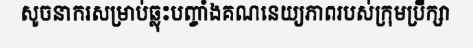
សូចនាករសម្រាប់ឆ្លុះបញ្ចាំងគណនេយ្យភាពរបស់ក្រុមប្រឹក្សា